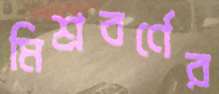
মিশ্রবর্ণের